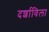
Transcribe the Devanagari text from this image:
दर्शाविला